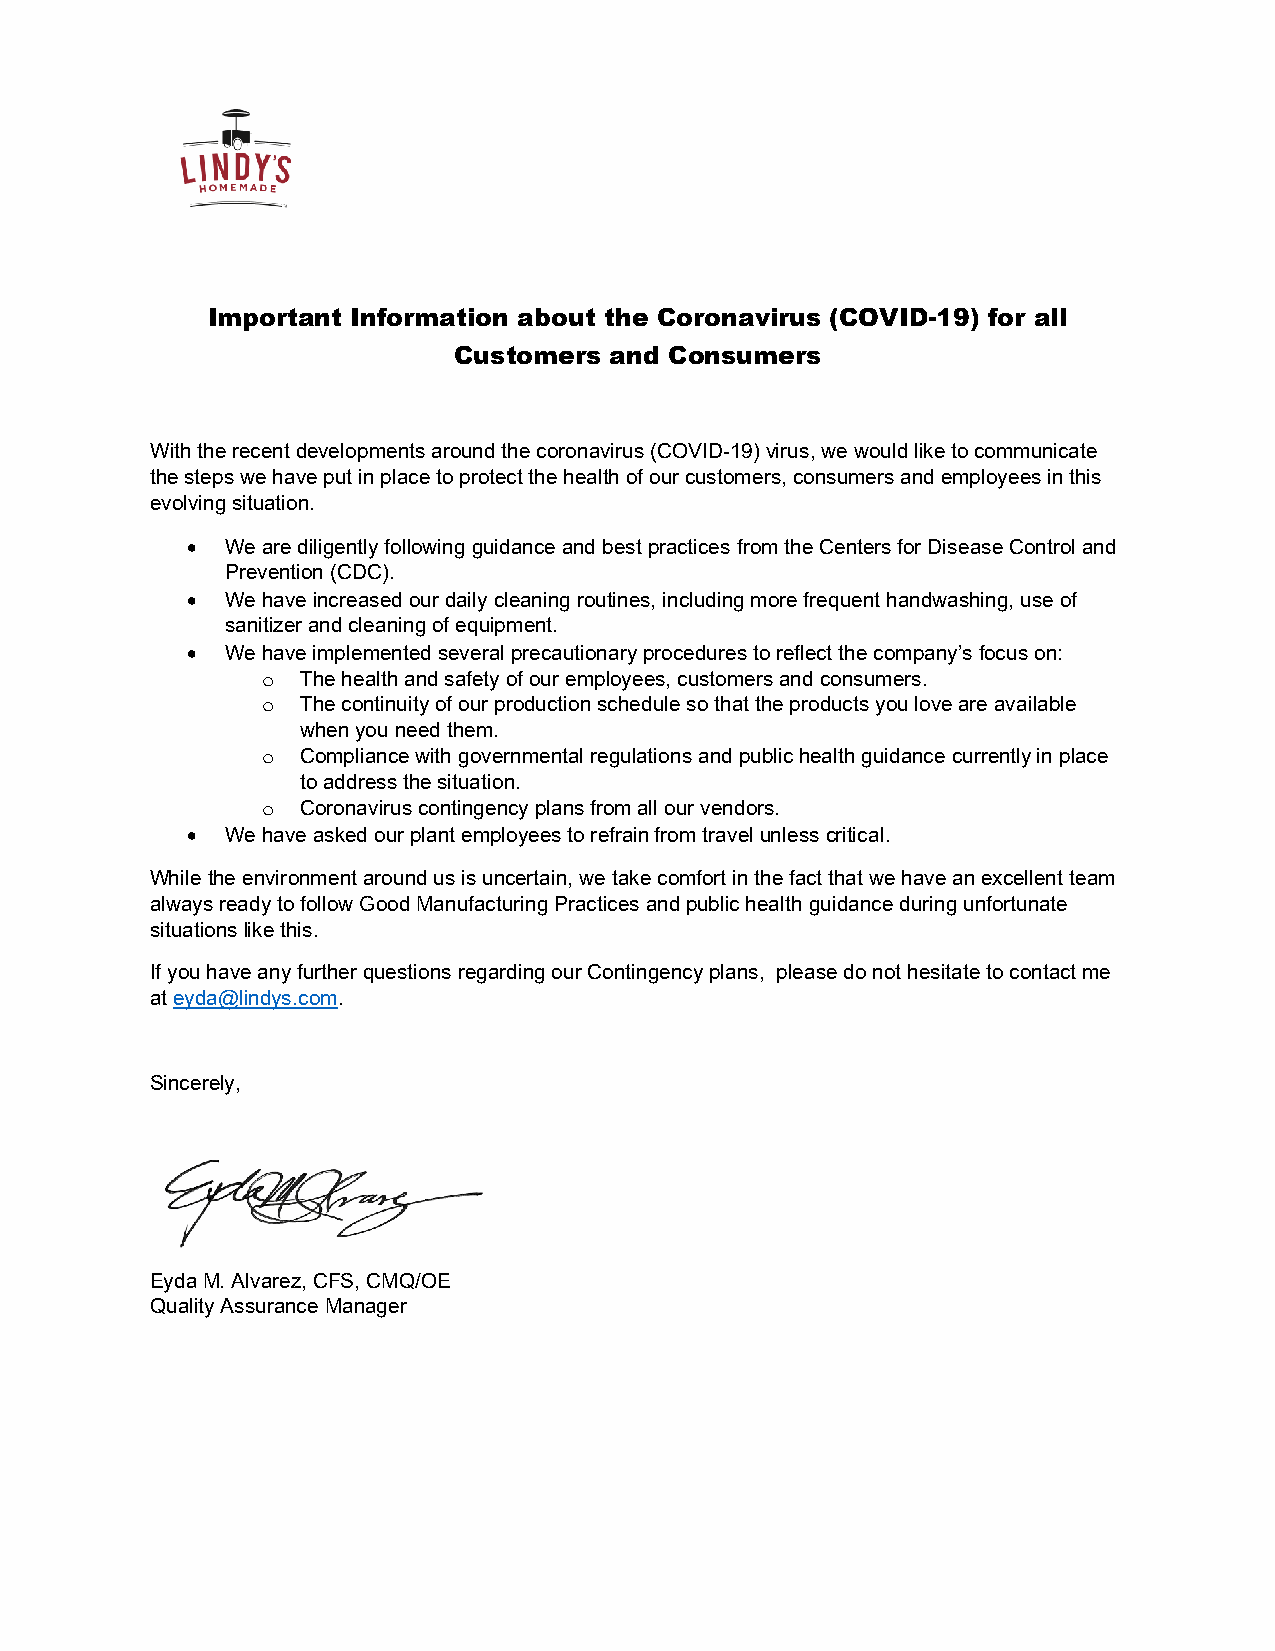
Important Information about the Coronavirus (COVID-19) for all
 Customers and Consumers
 With the recent developments around the coronavirus (COVID-19) virus, we would like to communicate
 the steps we have put in place to protect the health of our customers, consumers and employees in this
 evolving situation.
 •  We are diligently following guidance and best practices from the Centers for Disease Control and
 Prevention (CDC).
 •  We have increased our daily cleaning routines, including more frequent handwashing, use of
 sanitizer and cleaning of equipment.
 •  We have implemented several precautionary procedures to reflect the company’s focus on:
 The health and safety of our employees, customers and consumers.
 o
 The continuity of our production schedule so that the products you love are available
 o
 when you need them.
 Compliance with governmental regulations and public health guidance currently in place
 o
 to address the situation.
 Coronavirus contingency plans from all our vendors.
 o
 •  We have asked our plant employees to refrain from travel unless critical.
 While the environment around us is uncertain, we take comfort in the fact that we have an excellent team
 always ready to follow Good Manufacturing Practices and public health guidance during unfortunate
 situations like this.
 If you have any further questions regarding our Contingency plans, please do not hesitate to contact me
 at eyda@lindys.com.
 Sincerely,
 Eyda M. Alvarez, CFS, CMQ/OE
 Quality Assurance Manager